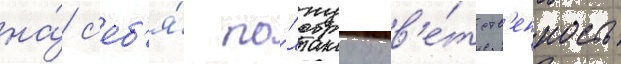
на́ с'еб'я́ по́лнуу отв'е́тств'енность